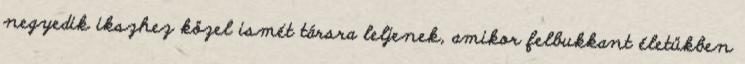
negyedik ikszhez közel ismét társra leljenek, amikor felbukkant életükben